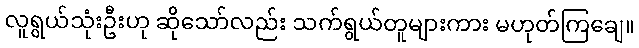
လူရွယ်သုံးဦးဟု ဆိုသော်လည်း သက်ရွယ်တူများကား မဟုတ်ကြချေ။